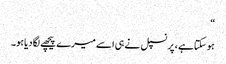
“
ہو سکتاہے ، پرنسپل نے ہی اسے میرے پیچھے لگا دیاہو۔